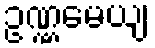
ဥဏ္ဏမေယျ